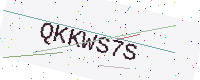
Text: QKKWS7S